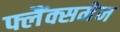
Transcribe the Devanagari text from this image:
फ्लैंक्समेन